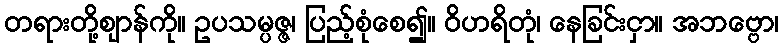
တရားတို့ဈာန်ကို။ ဥပသမ္ပဇ္ဇ၊ ပြည့်စုံစေ၍။ ဝိဟရိတုံ၊ နေခြင်းငှာ။ အဘဗ္ဗော၊